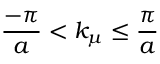
\frac { - \pi } { a } < k _ { \mu } \leq \frac { \pi } { a }